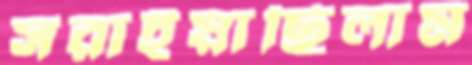
সরাইয়াছিলাম